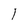
Character: 1